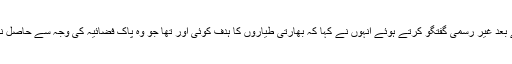
بریفنگ کے بعد غیر رسمی گفتگو کرتے ہوئے انہوں نے کہا کہ بھارتی طیاروں کا ہدف کوئی اور تھا جو وہ پاک فضائیہ کی وجہ سے حاصل نہ کر سکے۔